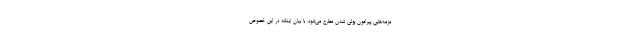
مزمه‌هایی پیرامون پولی شدن مطرح می‌شود، با بیان اینکه در این خصوص